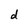
Character: d